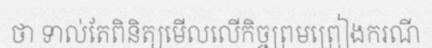
ថា ទាល់តែពិនិត្យមើលលើកិច្ចព្រមព្រៀងករណី